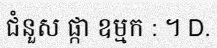
ជំនួស ផ្កា ឧម្មក : ។ D.